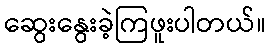
ဆွေးနွေးခဲ့ကြဖူးပါတယ်။